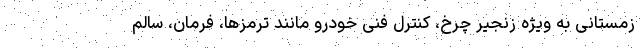
زمستانی به ویژه زنجیر چرخ، کنترل فنی خودرو مانند ترمزها، فرمان، سالم